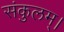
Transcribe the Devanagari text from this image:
संकुलम्‌।